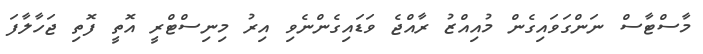
މާސްޓާސް ނަންގަވައިގެން މުއިއްޒު ރާއްޖެ ވަޑައިގެންނެވި އިރު މިނިސްޓްރީ އޮތީ ފޮތި ޖަހާލާފަ